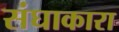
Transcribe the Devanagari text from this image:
संघाकारा